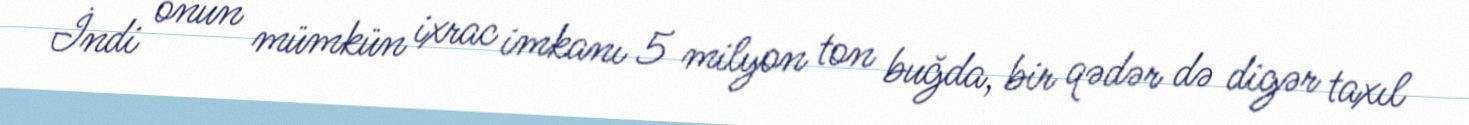
İndi onun mümkün ixrac imkanı 5 milyon ton buğda, bir qədər də digər taxıl